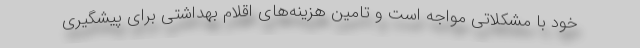
خود با مشکلاتی مواجه است و تامین هزینه‌های اقلام بهداشتی برای پیشگیری